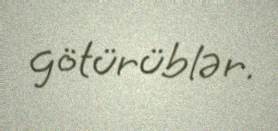
götürüblər.